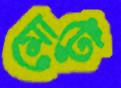
মোটে